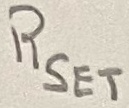
Text: RSET